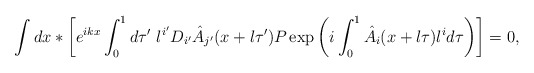
\begin{align*}\int dx \ast \biggl[e^{ikx} \int_0^1 d\tau'~l^{i'} D_{i'} \hat{A}_{j'} (x + l \tau')P \exp \left(i \int_0^1 \hat{A}_i ( x+l \tau) l^i d \tau \right)\biggr] =0,\end{align*}